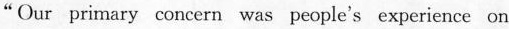
"Our primary ccncern was peop!e's experience on